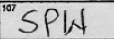
Transcription: SPW